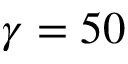
\gamma = 5 0